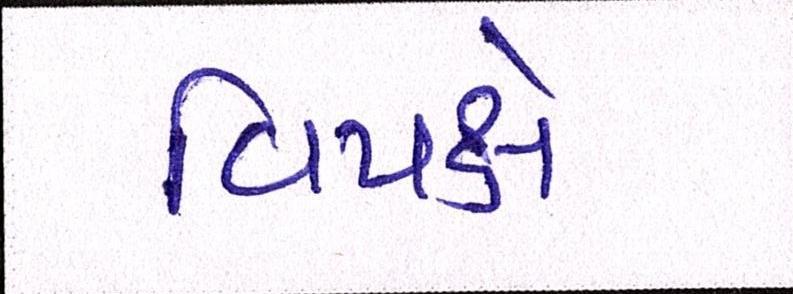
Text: વિપક્ષે